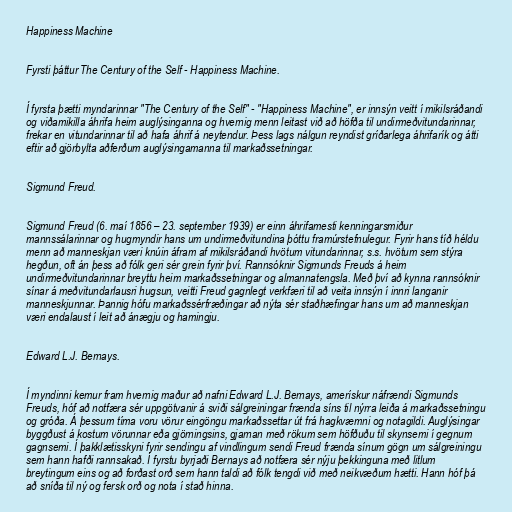
Happiness Machine

Fyrsti þáttur The Century of the Self - Happiness Machine.

Í fyrsta þætti myndarinnar "The Century of the Self" - "Happiness Machine", er innsýn veitt í mikilsráðandi
og viðamikilla áhrifa heim auglýsinganna og hvernig menn leitast við að höfða til undirmeðvitundarinnar,
frekar en vitundarinnar til að hafa áhrif á neytendur. Þess lags nálgun reyndist gríðarlega áhrifarík og átti
eftir að gjörbylta aðferðum auglýsingamanna til markaðssetningar.

Sigmund Freud.

Sigmund Freud (6. maí 1856 – 23. september 1939) er einn áhrifamesti kenningarsmiður
mannssálarinnar og hugmyndir hans um undirmeðvitundina þóttu framúrstefnulegur. Fyrir hans tíð héldu
menn að manneskjan væri knúin áfram af mikilsráðandi hvötum vitundarinnar, s.s. hvötum sem stýra
hegðun, oft án þess að fólk geri sér grein fyrir því. Rannsóknir Sigmunds Freuds á heim
undirmeðvitundarinnar breyttu heim markaðssetningar og almannatengsla. Með því að kynna rannsóknir
sínar á meðvitundarlausri hugsun, veitti Freud gagnlegt verkfæri til að veita innsýn í innri langanir
manneskjunnar. Þannig hófu markaðssérfræðingar að nýta sér staðhæfingar hans um að manneskjan
væri endalaust í leit að ánægju og hamingju.

Edward L.J. Bernays.

Í myndinni kemur fram hvernig maður að nafni Edward L.J. Bernays, amerískur náfrændi Sigmunds
Freuds, hóf að notfæra sér uppgötvanir á sviði sálgreiningar frænda síns til nýrra leiða á markaðssetningu
og gróða. Á þessum tíma voru vörur eingöngu markaðssettar út frá hagkvæmni og notagildi. Auglýsingar
byggðust á kostum vörunnar eða gjörningsins, gjarnan með rökum sem höfðuðu til skynsemi í gegnum
gagnsemi. Í þakklætisskyni fyrir sendingu af vindlingum sendi Freud frænda sínum gögn um sálgreiningu
sem hann hafði rannsakað. Í fyrstu byrjaði Bernays að notfæra sér nýju þekkinguna með litlum
breytingum eins og að forðast orð sem hann taldi að fólk tengdi við með neikvæðum hætti. Hann hóf þá
að sníða til ný og fersk orð og nota í stað hinna.